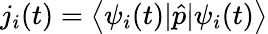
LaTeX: j_{i}(t)=\left\langle\psi_{i}(t)|\hat{p}|\psi_{i}(t)\right\rangle